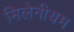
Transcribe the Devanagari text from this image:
मिलेनीयम